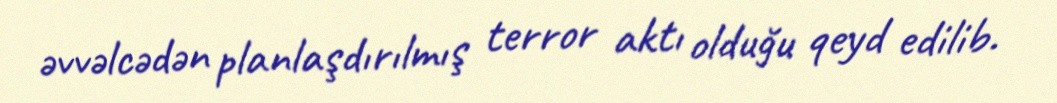
əvvəlcədən planlaşdırılmış terror aktı olduğu qeyd edilib.